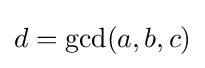
d=\gcd(a,b,c)